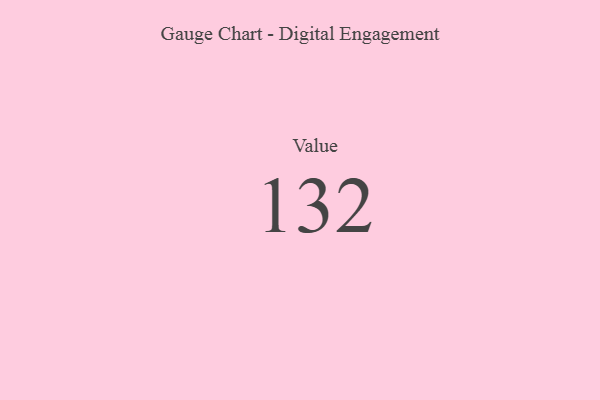
{"axis": {"x": "Metric", "y": "Value"}, "legend": [""], "data": [{"x": "Value", "y": 132, "type": ""}]}